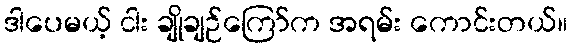
ဒါပေမယ့် ငါး ချိုချဉ်ကြော်က အရမ်း ကောင်းတယ်။